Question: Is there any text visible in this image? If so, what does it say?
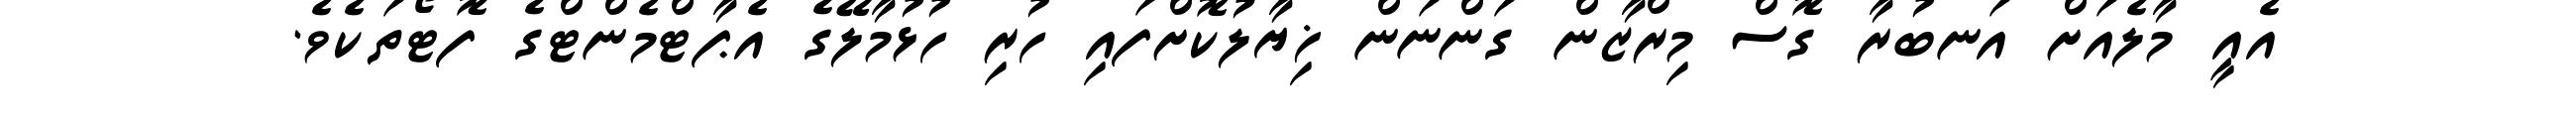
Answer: އެއީ މާލެއަށް އަނބުރާ ގޮސް މިރްޒާން ގަންނަން ޚިޔާލުކޮށްފައި ހުރި ހުޅުމާލޭގެ އެޕާޓްމެންޓްގެ ފޮޓޯތަކެވެ.